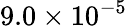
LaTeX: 9.0\times 10^{-5}